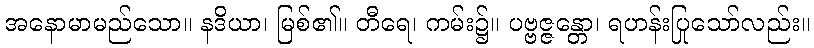
အနောမာမည်သော။ နဒိယာ၊ မြစ်၏။ တီရေ၊ ကမ်း၌။ ပဗ္ဗဇ္ဇန္တော၊ ရဟန်းပြုသော်လည်း။